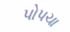
પોપચા